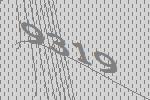
9319